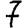
Digit: 7